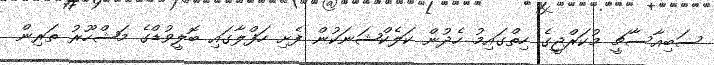
ސަބިއާސާޗީ މުކަރްޖީގެ ހިތްގައިމު ހެދުން ކަލެކްޝަނަކުން ފެށި ހަފްލާގައި ބޮލީވުޑްގެ މަޝްހޫރު ތަރިން